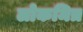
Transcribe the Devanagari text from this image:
लोकमित्र